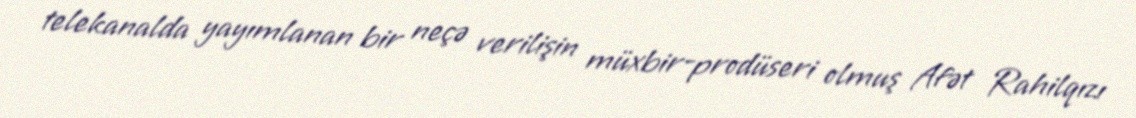
telekanalda yayımlanan bir neçə verilişin müxbir-prodüseri olmuş Afət Rahilqızı